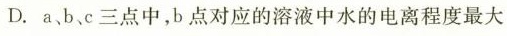
D.a b、c三点中，b点对应的溶液中水的电离程度最大